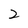
Character: 2